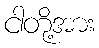
ငါတို့အား